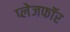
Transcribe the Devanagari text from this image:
प्लेजफॉर